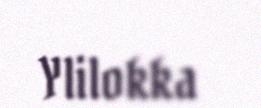
Ylilokka